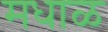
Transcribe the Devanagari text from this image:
मधाळ